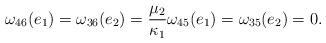
LaTeX: \begin{align*}\omega_{46}(e_1)=\omega_{36}(e_2)=\frac{\mu_2}{\kappa_1}\omega_{45}(e_1)=\omega_{35}(e_2)=0.\end{align*}